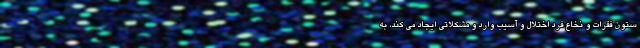
ستون فقرات و نخاع فرد اختلال و آسیب وارد و مشکلاتی ایجاد می کند، به